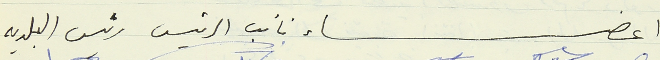
اعضاء نائب الرئيس رئيس البلديه